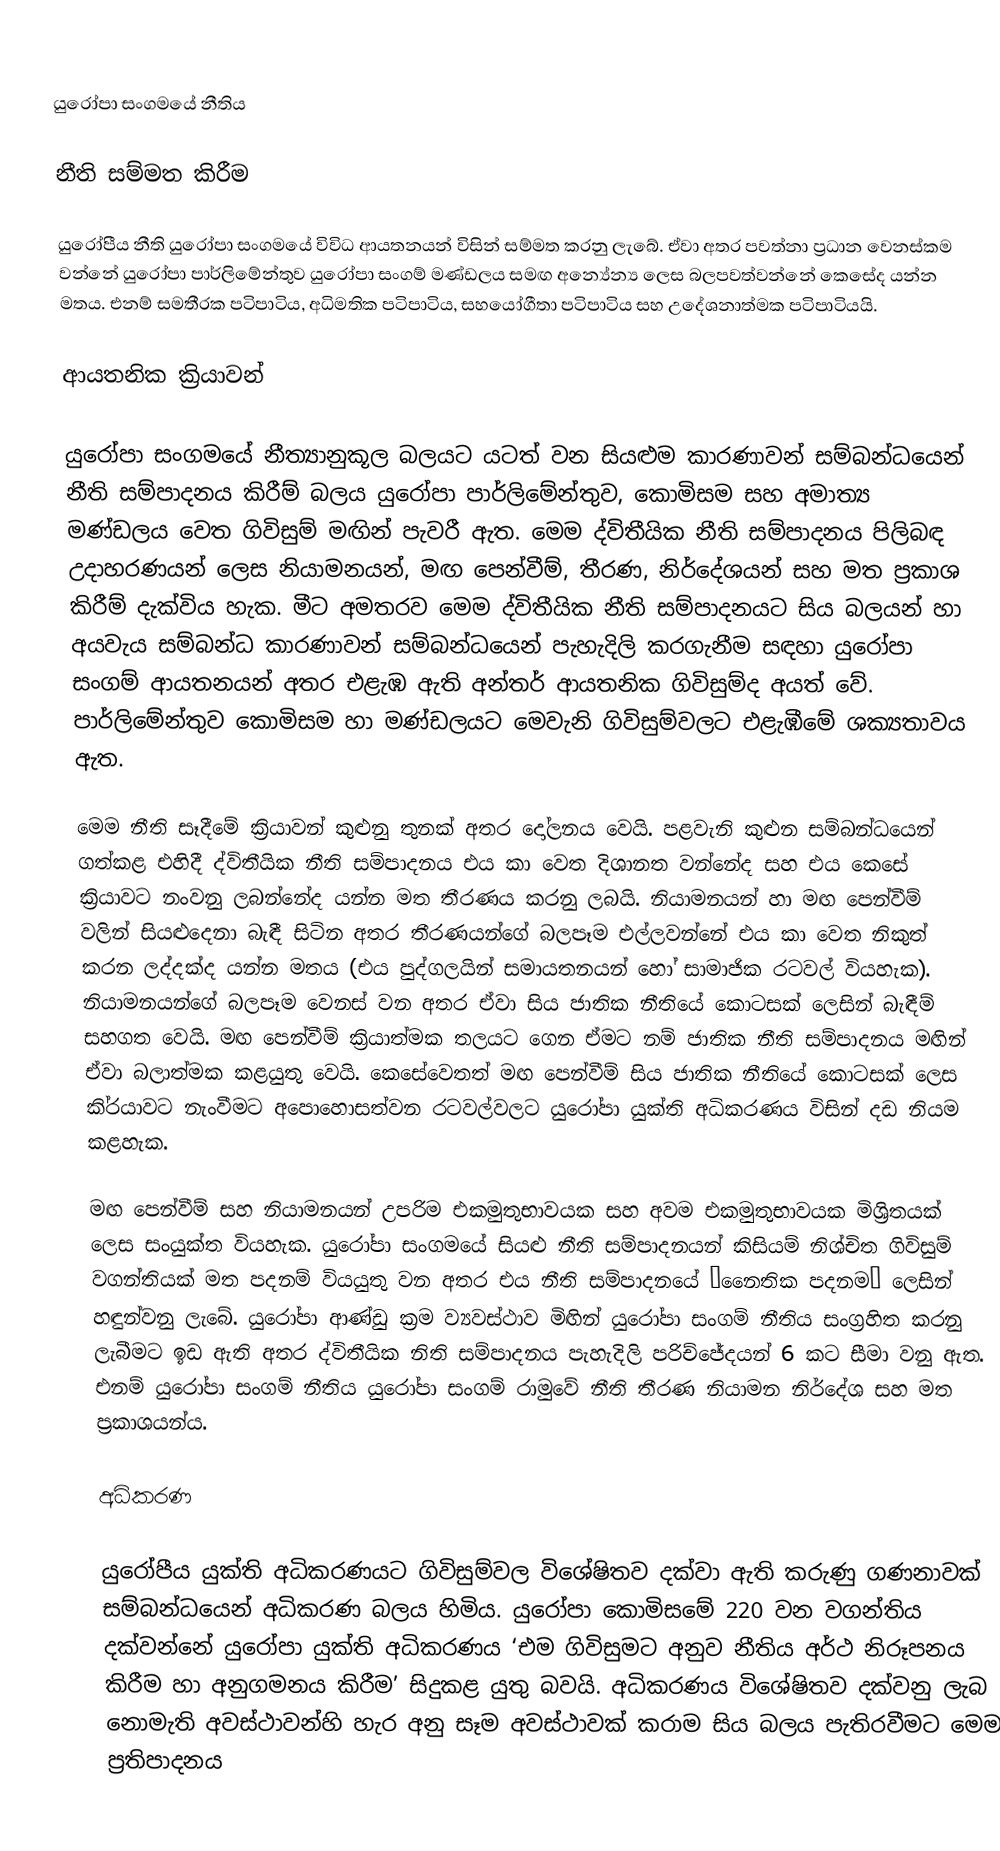

යුරෝපා සංගමයේ නීතිය

නීති සම්මත කිරීම

යුරෝපීය නීති යුරෝපා සංගමයේ විවිධ ආයතනයන් විසින් සම්මත කරනු ලැබේ. ඒවා අතර පවත්නා ප්‍රධාන වෙනස්කම වන්නේ යුරෝපා පාර්ලිමේන්තුව යුරෝපා සංගම් මණ්ඩලය සමඟ අන්‍යේන්‍ය ලෙස බලපවත්වන්නේ කෙසේද යන්න මතය. එනම් සමතීරක පටිපාටිය, අධිමතික පටිපාටිය, සහයෝගීතා පටිපාටිය සහ උදේශනාත්මක පටිපාටියයි.

ආයතනික ක්‍රියාවන්

යුරෝපා සංගමයේ නීත්‍යානුකූල බලයට යටත් වන සියළුම කාරණාවන් සම්බන්ධයෙන් නීති සම්පාදනය කිරීම් බලය යුරෝපා පාර්ලිමේන්තුව, කොමිසම සහ අමාත්‍ය මණ්ඩලය වෙත ගිවිසුම් මඟින් පැවරී ඇත. මෙම ද්විතීයික නීති සම්පාදනය පිලිබඳ උදාහරණයන් ලෙස නියාමනයන්, මඟ පෙන්වීම්, තීරණ, නිර්දේශයන් සහ මත ප්‍රකාශ කිරීම් දැක්විය හැක. මීට අමතරව මෙම ද්විතීයික නීති සම්පාදනයට සිය බලයන් හා අයවැය සම්බන්ධ කාරණාවන් සම්බන්ධයෙන් පැහැදිලි කරගැනීම සඳහා යුරෝපා සංගම් ආයතනයන් අතර එළැඹ ඇති අන්තර් ආයතනික ගිවිසුම්ද අයත් වේ.  පාර්ලිමේන්තුව කොමිසම හා මණ්ඩලයට මෙවැනි ගිවිසුම්වලට එළැඹීමේ ශක්‍යතාවය ඇත.

මෙම නීති සෑදීමේ ක්‍රියාවන් කුළුනු තුනක් අතර දෝලනය වෙයි. පළවැනි කුළුන සම්බන්ධයෙන් ගත්කළ එහිදී ද්විතීයික නීති සම්පාදනය එය කා වෙත දිශානත වන්නේද සහ එය කෙසේ ක්‍රියාවට නංවනු ලබන්නේද යන්න මත තීරණය කරනු ලබයි. නියාමනයන් හා මඟ පෙන්වීම් වලින් සියළුදෙනා බැඳී සිටින අතර තීරණයන්ගේ බලපෑම එල්ලවන්නේ එය කා වෙත නිකුත් කරන ලද්දක්ද යන්න මතය (එය පුද්ගලයින් සමායතනයන් හෝ සාමාජික රටවල් වියහැක). නියාමනයන්ගේ බලපෑම වෙනස් වන අතර ඒවා සිය ජාතික නීතියේ කොටසක් ලෙසින් බැඳීම් සහගත වෙයි. මඟ පෙන්වීම් ක්‍රියාත්මක තලයට ගෙන ඒමට නම් ජාතික නීති සම්පාදනය මඟින් ඒවා බලාත්මක කළයුතු වෙයි. කෙසේවෙතත් මඟ පෙන්වීම් සිය ජාතික නීතියේ කොටසක් ලෙස කි‍්‍රයාවට නැංවීමට අපොහොසත්වන රටවල්වලට යුරෝපා යුක්ති අධිකරණය විසින් දඩ නියම කළහැක.

මඟ පෙන්වීම් සහ නියාමනයන් උපරිම එකමුතුභාවයක සහ අවම එකමුතුභාවයක මිශ‍්‍රිතයක් ලෙස සංයුක්ත වියහැක. යුරෝපා සංගමයේ සියළු නීති සම්පාදනයන් කිසියම් නිශ්චිත ගිවිසුම් වගන්තියක් මත පදනම් වියයුතු වන අතර එය නීති සම්පාදනයේ ‘නෛතික පදනම’ ලෙසින් හඳුන්වනු ලැබේ. යුරෝපා ආණ්ඩු ක්‍රම ව්‍යවස්ථාව මිඟින් යුරෝපා සංගම් නීතිය සංග‍්‍රහිත කරනු ලැබීමට ඉඩ ඇති අතර ද්විතීයික නිති සම්පාදනය පැහැදිලි පරිච්ජේදයන් 6 කට සීමා වනු ඇත. එනම් යුරෝපා සංගම් නීතිය යුරෝපා සංගම් රාමුවේ නීති තීරණ නියාමන නිර්දේශ සහ මත ප්‍රකාශයන්ය.

අධිකරණ

යුරෝපීය යුක්ති අධිකරණයට ගිවිසුම්වල විශේෂිතව දක්වා ඇති කරුණු ගණනාවක් සම්බන්ධයෙන් අධිකරණ බලය හිමිය. යුරෝපා කොමිසමේ 220 වන වගන්තිය දක්වන්නේ යුරෝපා යුක්ති අධිකරණය ‘එම ගිවිසුමට අනුව නීතිය අර්ථ නිරූපනය කිරීම හා අනුගමනය කිරීම’ සිදුකළ යුතු බවයි. අධිකරණය විශේෂිතව දක්වනු ලැබ නොමැති අවස්ථාවන්හි හැර අනු සෑම අවස්ථාවක් කරාම සිය බලය පැතිරවීමට මෙම ප්‍රතිපාදනය